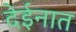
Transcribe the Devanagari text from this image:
देईनात